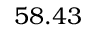
5 8 . 4 3 \